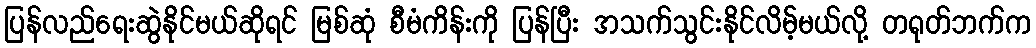
ပြန်လည်ရေးဆွဲနိုင်မယ်ဆိုရင် မြစ်ဆုံ စီမံကိန်းကို ပြန်ပြီး အသက်သွင်းနိုင်လိမ့်မယ်လို့ တရုတ်ဘက်က